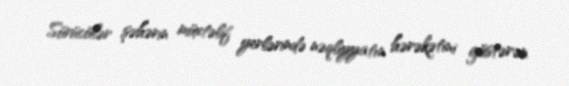
Sürücülər şəhərin müxtəlif yerlərində nəqliyyatın hərəkətini göstərən